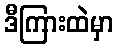
ဒီကြားထဲမှာ